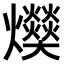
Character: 𤓔